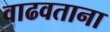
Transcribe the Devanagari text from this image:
वाढवताना